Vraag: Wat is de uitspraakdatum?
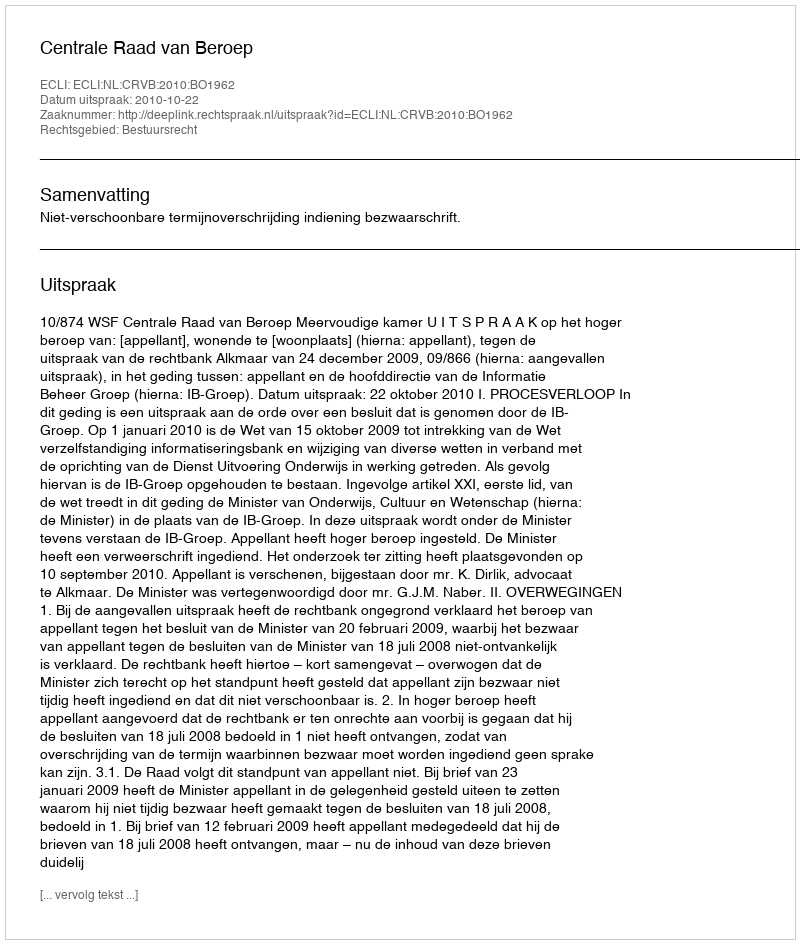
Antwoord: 2010-10-22